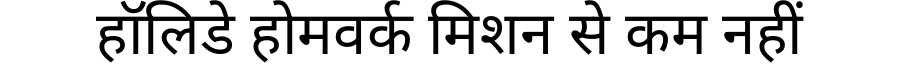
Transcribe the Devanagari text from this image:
हॉलिडे होमवर्क मिशन से कम नहीं